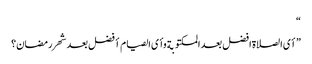
“
”أی الصلاة افضل بعد المکتوبة وأی الصیام أفضل بعد شهر رمضان؟